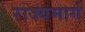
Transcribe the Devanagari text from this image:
राज्‍यमार्ग